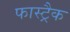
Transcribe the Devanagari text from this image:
फास्ट्रैक